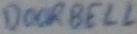
Text: DOORBELL